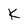
Character: K